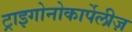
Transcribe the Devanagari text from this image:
ट्राइगोनोकार्पेलीज़